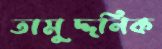
তামুদ্দনিক